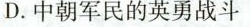
D.中朝军民的英勇战斗